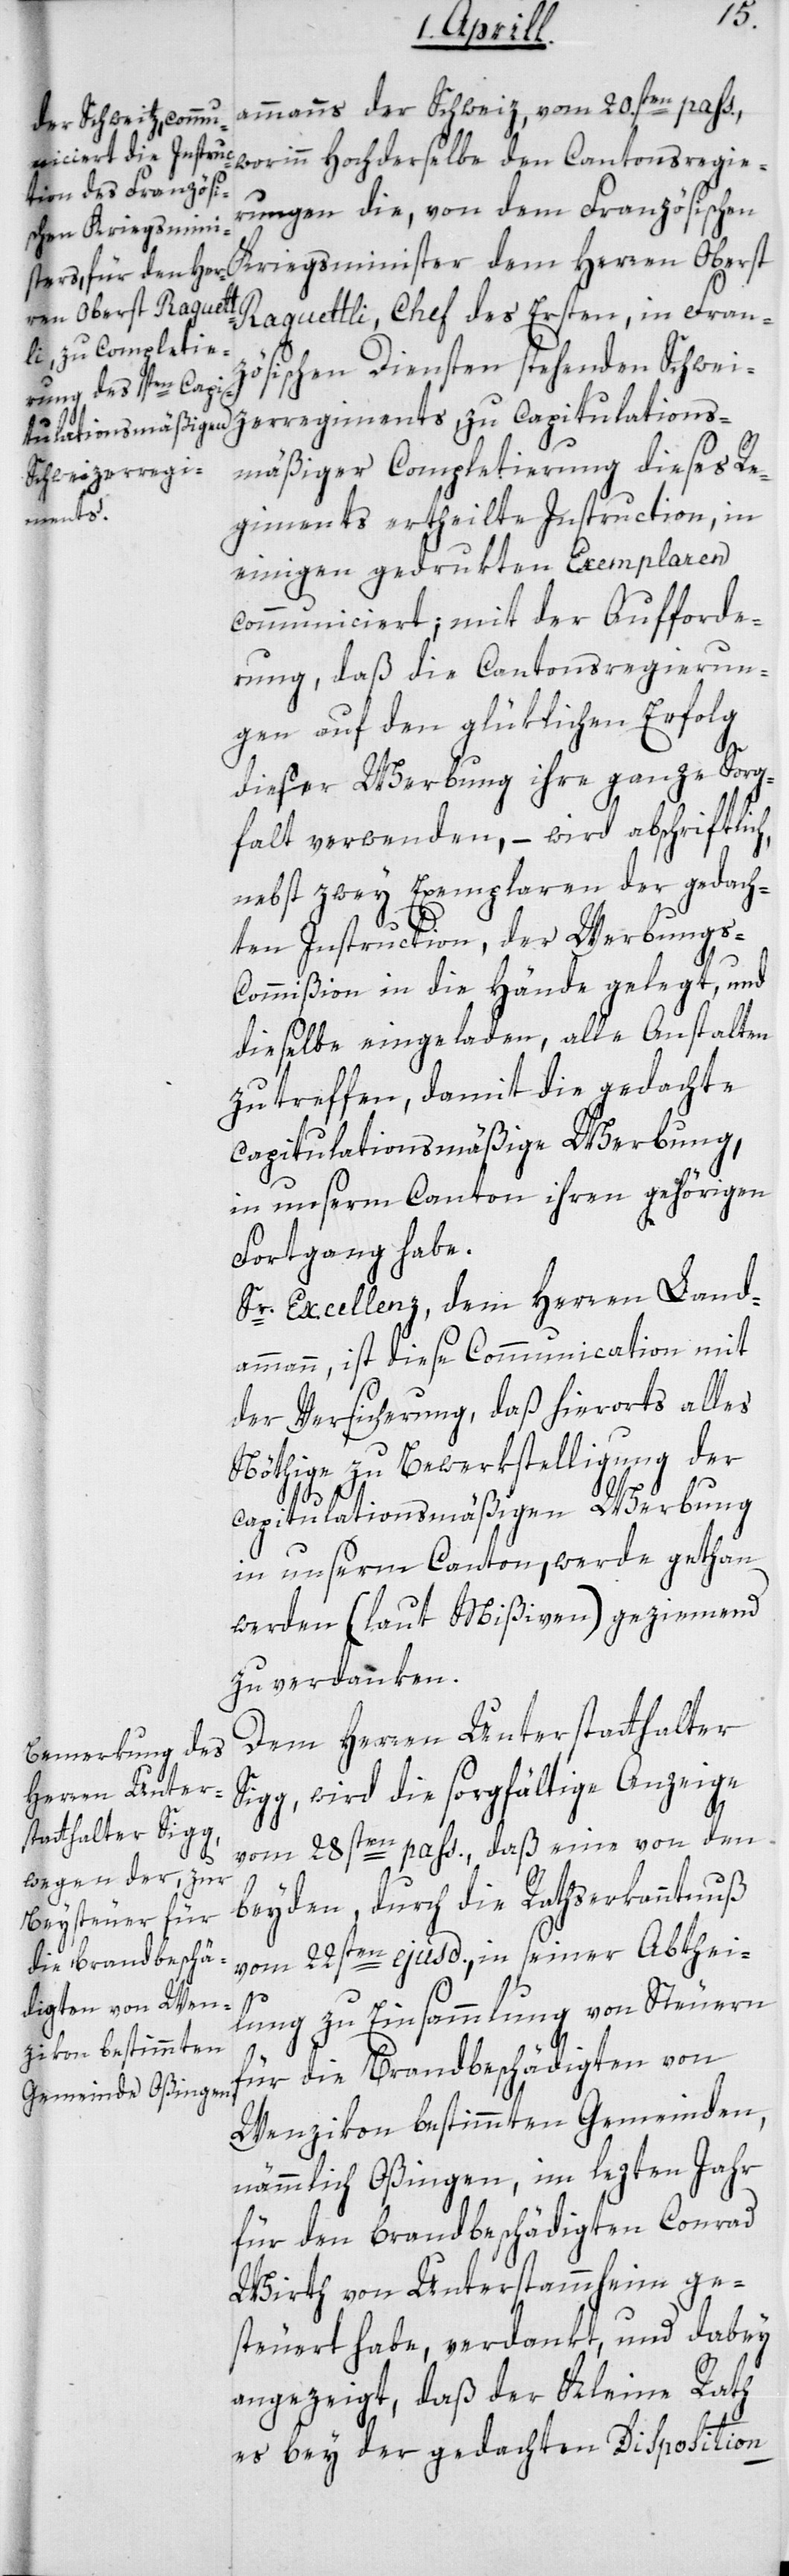
ammanns der Schweiz vom 20sten. pass.,
worinn Hochderselbe den Cantonsregie¬
rungen die, von dem Französischen
Kriegsminister dem Herren Oberst
Raguettli, Chef des Ersten, in Fran¬
zösischen Diensten stehenden Schwei¬
zerregiments, zu capitulations¬
mäßiger Completierung dieses Re¬
giments ertheilte Instruction, in
einigen gedrukten Exemplaren
communiciert; mit der Aufforde¬
rung, daß die Cantonsregierun¬
gen auf den glüklichen Erfolg
dieser Werbung ihre ganze Sorg¬
falt verwenden, – wird abschriftlich,
nebst zwey Exemplaren der gedach¬
ten Instruction, der Werbungs-C¬
ommißion in die Hände gelegt, und
dieselbe eingeladen, alle Anstalten
zu treffen, damit die gedachte
capitulationsmäßige Werbung,
in unserm Canton ihren gehörigen
Fortgang habe.
Sr. Excellenz, dem Herren Land¬
ammann, ist diese Communication mit
der Versicherung, daß hierorts alles
Nöthige zu Bewerkstelligung der
capitulationsmäßigen Werbung
in unserm Canton, werde gethan
werden (laut Mißiven) geziemend
zu verdanken.
Dem Herren Unterstatthalter
Sigg, wird die sorgfältige Anzeige
vom 28sten pass., daß eine von den
beyden, durch die Rathserkanntnuß
vom 22sten ejusd., in seiner Abthei¬
lung zu Einsammlung von Steuern
für die Brandbeschädigten von
Wenzikon bestimmten Gemeinden,
nämmlich Oßingen, im lezten Jahr
für den brandbeschädigten Conrad
Wirth von Unterstammheim ge¬
steuert habe, verdankt, und dabey
angezeigt, daß der Kleine Rath
es bey der gedachten Disposition